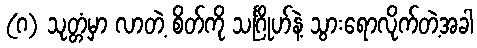
(ဂ) သုတ္တံမှာ လာတဲ့ စိတ်ကို သင်္ဂြိုဟ်နဲ့ သွားရောလိုက်တဲ့အခါ